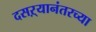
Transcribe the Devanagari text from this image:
दसऱ्यानंतरच्या